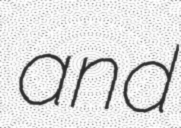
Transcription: and